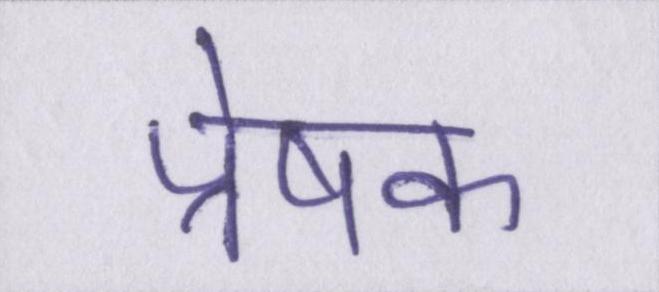
प्रेषक